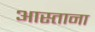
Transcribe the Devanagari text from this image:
आस्ताना